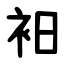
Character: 衵